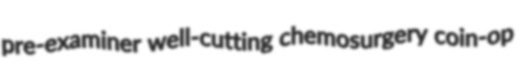
pre-examiner well-cutting chemosurgery coin-op